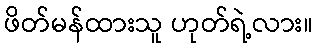
ဖိတ်မန်ထားသူ ဟုတ်ရဲ့လား။